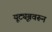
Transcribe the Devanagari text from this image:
यूट्यूबवरून